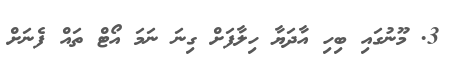
3. މޫނުގައި ބިހި އާދަޔާ ހިލާފަށް ގިނަ ނަމަ އޯޓް ތައް ފެނަށް